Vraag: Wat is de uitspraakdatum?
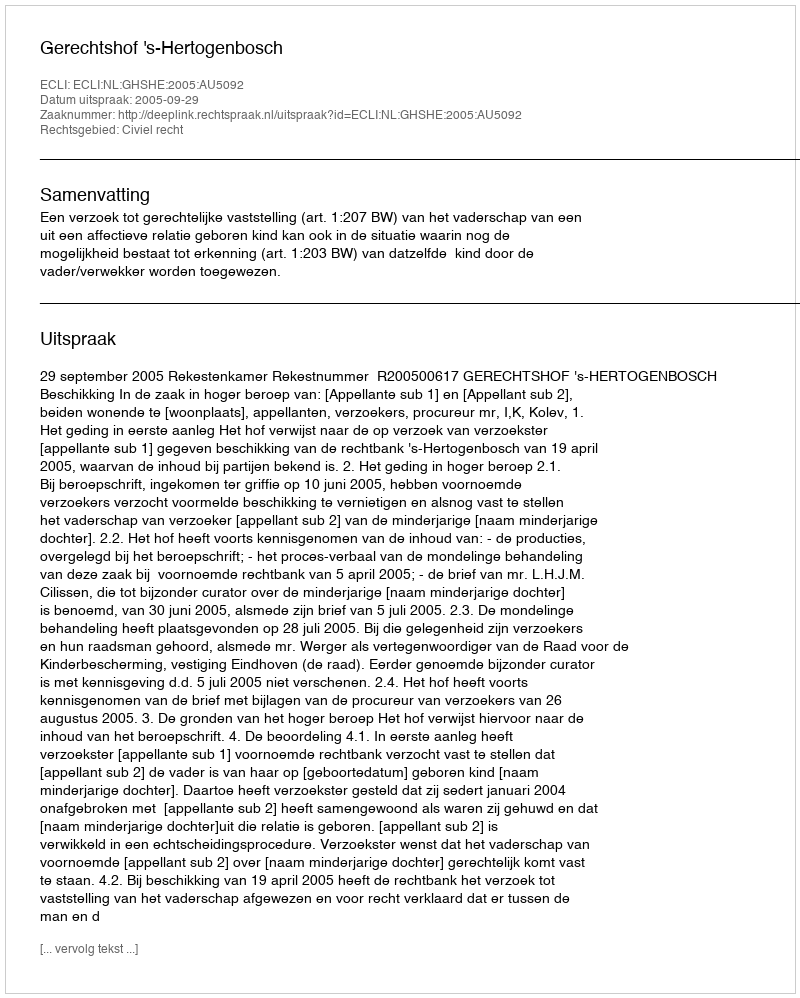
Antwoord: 2005-09-29